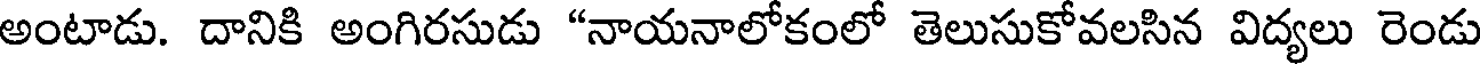
అంటాడు. దానికి అంగిరసుడు "నాయనాలోకంలో తెలుసుకోవలసిన విద్యలు రెండు